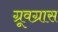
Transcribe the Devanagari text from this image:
ग्रूवग्रास